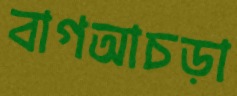
বাগআচড়া